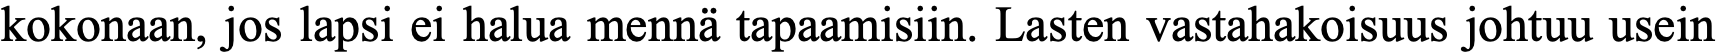
kokonaan, jos lapsi ei halua mennä tapaamisiin. Lasten vastahakoisuus johtuu usein